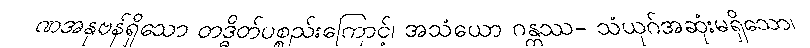
ဏအနုဗန်ရှိသော တဒ္ဓိတ်ပစ္စည်းကြောင့်၊ အသံယော ဂန္တဿ- သံယုဂ်အဆုံးမရှိသော၊